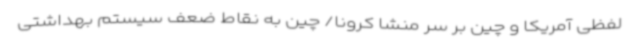
لفظی آمریکا و چین بر سر منشا کرونا/ چین به نقاط ضعف سیستم بهداشتی